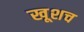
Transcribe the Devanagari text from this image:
खूशच